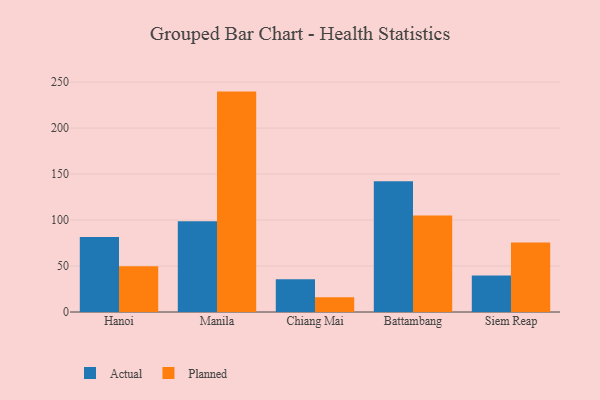
{"axis": {"x": "City", "y": "Tickets Resolved"}, "legend": ["Actual", "Planned"], "data": [{"x": "Hanoi", "y": 81.5, "type": "Actual"}, {"x": "Hanoi", "y": 49.8, "type": "Planned"}, {"x": "Manila", "y": 98.8, "type": "Actual"}, {"x": "Manila", "y": 239.7, "type": "Planned"}, {"x": "Chiang Mai", "y": 35.7, "type": "Actual"}, {"x": "Chiang Mai", "y": 16.1, "type": "Planned"}, {"x": "Battambang", "y": 142.2, "type": "Actual"}, {"x": "Battambang", "y": 105.0, "type": "Planned"}, {"x": "Siem Reap", "y": 39.6, "type": "Actual"}, {"x": "Siem Reap", "y": 75.7, "type": "Planned"}]}